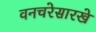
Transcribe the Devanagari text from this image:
वनचरेसारखे